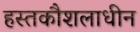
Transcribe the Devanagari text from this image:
हस्तकौशलाधीन